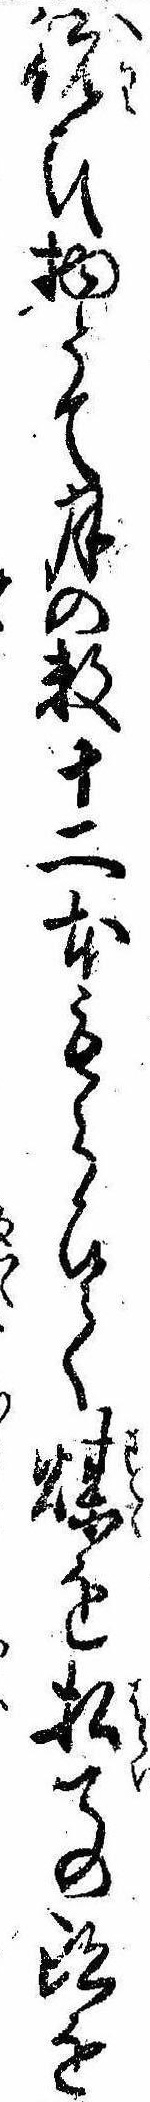
祝ひ物とて月の数十二本もらひて煤を払ての跡を